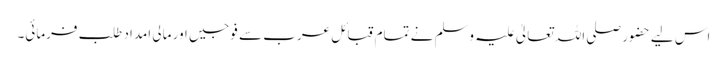
اس لیے حضور صلی اللہ تعالیٰ علیہ وسلم نے تمام قبائل عرب سے فوجیں اور مالی امداد طلب فرمائی۔